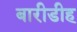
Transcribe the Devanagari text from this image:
बारीडीह